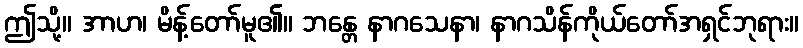
ဤသို့။ အာဟ၊ မိန့်တော်မူ၏။ ဘန္တေ နာဂသေနာ၊ နာဂသိန်ကိုယ်တော်အရှင်ဘုရား။